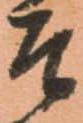
そ